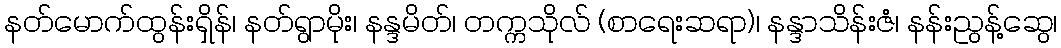
နတ်မောက်ထွန်းရှိန်၊ နတ်ရွာမိုး၊ နန္ဒမိတ်၊ တက္ကသိုလ် (စာရေးဆရာ)၊ နန္ဒာသိန်းဇံ၊ နန်းညွန့်ဆွေ၊